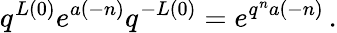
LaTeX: q^{L(0)}e^{a(-n)}q^{-L(0)}=e^{q^{n}a(-n)}\, .